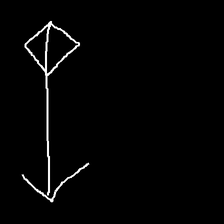
Glyph: focus